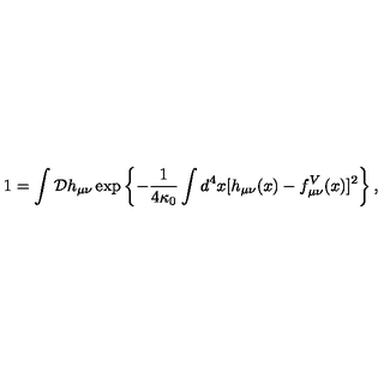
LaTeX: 1 = \int \mathcal { D } h _ { \mu \nu } \exp \left\{ - { \frac { 1 } { 4 \kappa _ { 0 } } } \int d ^ { 4 } x [ h _ { \mu \nu } ( x ) - f _ { \mu \nu } ^ { V } ( x ) ] ^ { 2 } \right\} ,